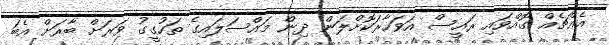
އެެއްޗެއް ގޮއްވައި ރައީސް އަވަހާރަކޮށްލަން ދިން މައްސަލައިގެ ތަހުގީގު ވަރަށް ބާރަށް އެބަ